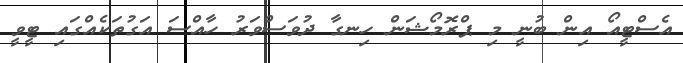
އެސްޓީއޯ އިން ބުނީ މި ޕްރޮމޯޝަން ހިނގާ ދުވަސްވަރު ހާއްސަ އަގުތަކެއްގައި ޓީވީ